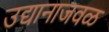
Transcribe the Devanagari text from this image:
उद्यानाजवळ